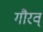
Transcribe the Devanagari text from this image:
गौरव्